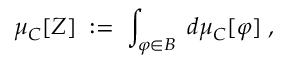
\mu _ { C } [ Z ] \; : = \; \int _ { \varphi \in B } \; d \mu _ { C } [ \varphi ] \; ,